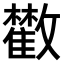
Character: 𩀼